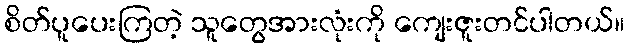
စိတ်ပူပေးကြတဲ့ သူတွေအားလုံးကို ကျေးဇူးတင်ပါတယ်။